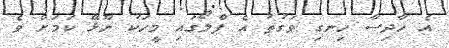
އެ ހާދިސާ ހިނގި ވަގުތު އެ ފްލޯގައި މީހަކު ނޫޅޭ ކަމަށް ވެ